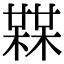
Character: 𣚨